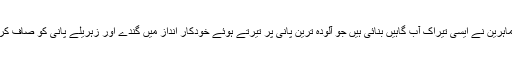
اب پاکستانی ماہرین نے ایسی تیراک آب گاہیں بنائی ہیں جو آلودہ ترین پانی پر تیرتے ہوئے خودکار انداز میں گندے اور زہریلے پانی کو صاف کرتی رہتی ہیں۔